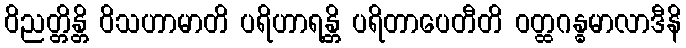
ဝိညတ္တိန္တိ ဝိသဟာမာတိ ပရိဟာရန္တိ ပရိတာပေတီတိ ဝတ္ထဂန္ဓမာလာဒီနိ